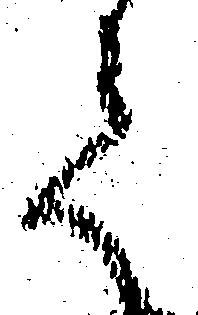
て